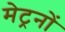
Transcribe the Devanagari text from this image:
मेट्रनों